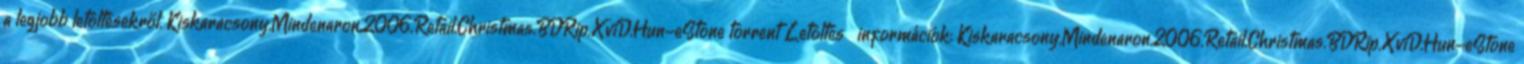
a legjobb letöltésekről. Kiskaracsony.Mindenaron.2006.Retail.Christmas.BDRip.XviD.Hun-eStone torrent Letöltés információk: Kiskaracsony.Mindenaron.2006.Retail.Christmas.BDRip.XviD.Hun-eStone